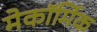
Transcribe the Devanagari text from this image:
मेकॉर्मिक